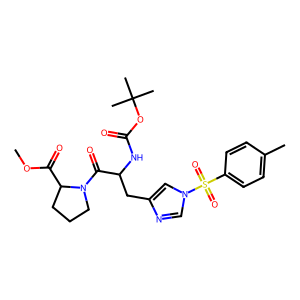
SMILES: COC(=O)C1CCCN1C(=O)C(Cc1cn(S(=O)(=O)c2ccc(C)cc2)cn1)NC(=O)OC(C)(C)C
Inhibits HIV replication: No